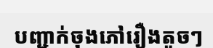
បញ្ជាក់ចុងភៅរឿងតូចៗ